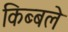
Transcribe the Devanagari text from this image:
किब्बले